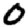
Digit: 0